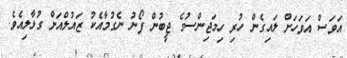
އަވަސް އަވަހަށް ލައިގެން ހުރި ހިމަޖިންސުގެ ޖީބުން ފޯނު ނެގުމާއެކު ޒައުލްއަށް ގުޅާލިއެވެ.